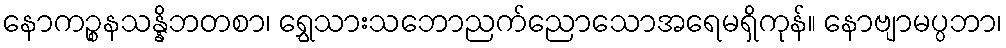
နောကဉ္စနသန္နိဘတစာ၊ ရွှေသားသဘောညက်ညောသောအရေမရှိကုန်။ နောဗျာမပ္ပဘာ၊